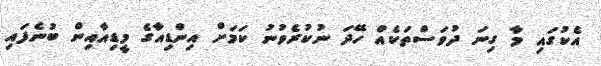
އެކުގައި މާ ގިނަ ދުވަސްތަކެއް ހޭދަ ނުކުރެވުނު ކަމަށް އިންޑިއާގެ މީޑިއާއިން ބުނެފައި